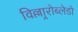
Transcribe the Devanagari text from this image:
विल्लार्‍रोब्लेडो